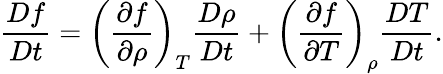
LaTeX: \frac{Df}{Dt}=\left(\frac{\partial f}{\partial\rho}\right)_{T}\frac{D\rho}{Dt}+\left(\frac{\partial f}{\partial T}\right)_{\rho}\frac{DT}{Dt}.